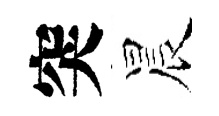
突晨